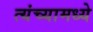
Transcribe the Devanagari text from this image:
त्यंच्यामध्ये